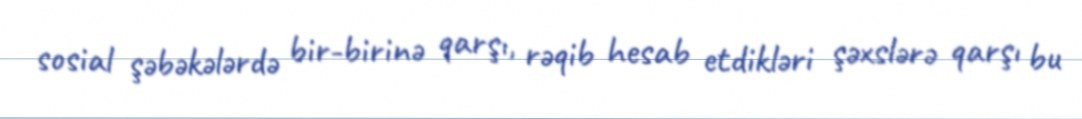
sosial şəbəkələrdə bir-birinə qarşı, rəqib hesab etdikləri şəxslərə qarşı bu